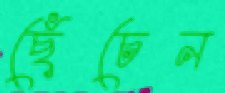
ছেঁচেন